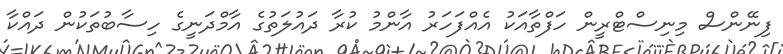
ފިނޭންސް މިނިސްޓްރީން ހަފްތާއަކު އެއްފަހަރު އާންމު ކުރާ ދައުލަތުގެ އާމްދަނީގެ ހިސާބުތަކުން ދައްކާ